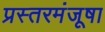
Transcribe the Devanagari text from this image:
प्रस्तरमंजूषा